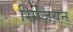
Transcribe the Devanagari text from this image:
सिज़ियन